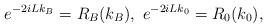
LaTeX: \begin{align*}e^{-2iLk_B}=R_B(k_B), \ e^{-2iLk_0}=R_0(k_0),\end{align*}